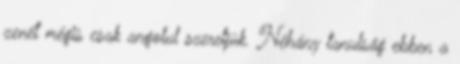
zenét mégis csak angolul szeretjük. Néhány tanulság ebben a